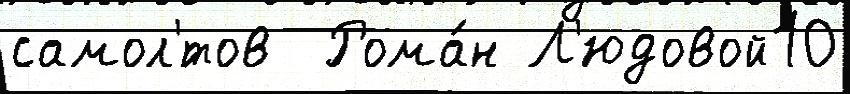
самол'́тов  Рома́н Л'юдовой10